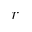
r